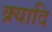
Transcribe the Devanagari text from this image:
क्र्यादि